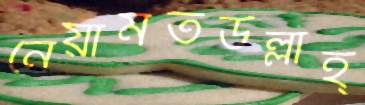
নেয়ামতউল্লাহ্